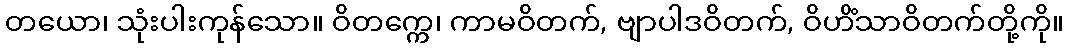
တယော၊ သုံးပါးကုန်သော။ ဝိတက္ကေ၊ ကာမဝိတက်, ဗျာပါဒဝိတက်, ဝိဟိံသာဝိတက်တို့ကို။